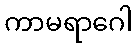
ကာမရာဂေါ